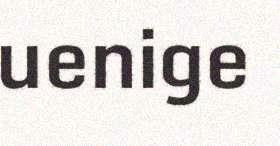
uenige